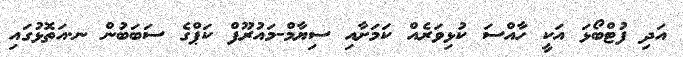
އަދި ފުޓްބޯޅަ އަކީ ހާއްސަ ކުޅިވަރެއް ކަމަށާއި ސިޔާމް-މައުރޫފް ކަޕްގެ ސަބަބުން ނ.އަތޮޅުގައި